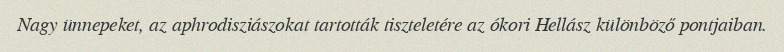
Nagy ünnepeket, az aphrodisziászokat tartották tiszteletére az ókori Hellász különböző pontjaiban.